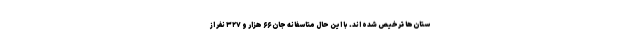
ستان‌ها ترخیص شده اند. با این حال متاسفانه جان ۶۶ هزار و ۳۲۷ نفر از